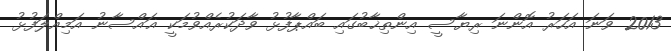
2013 ވަނަ އަހަރު އޮންނަ ރިޔާސީ އިންތިޚާބުގައި ބައްޕާފުޅު ވާދަކުރެއްވުމަކީ ޣައްސާނު އަމިއްލަފުޅު